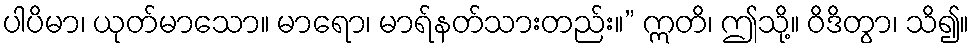
ပါပိမာ၊ ယုတ်မာသော။ မာရော၊ မာရ်နတ်သားတည်း။” ဣတိ၊ ဤသို့။ ဝိဒိတွာ၊ သိ၍။